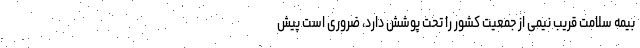
بیمه سلامت قریب نیمی از جمعیت کشور را تحت پوشش دارد، ضروری است پیش